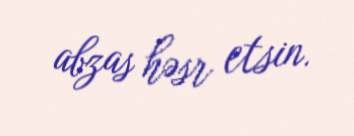
abzas həsr etsin.